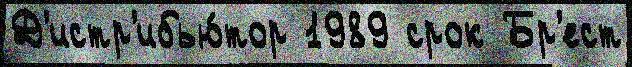
Д'истр'ибью́тор 1989 срок Бр'ест